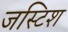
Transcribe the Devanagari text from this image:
जस्टिश